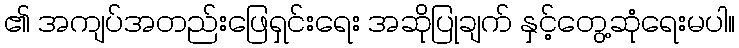
၏ အကျပ်အတည်းဖြေရှင်းရေး အဆိုပြုချက် နှင့်တွေ့ဆုံရေးမပါ။